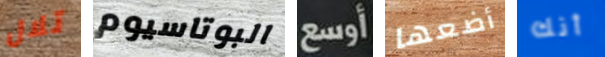
تلال البوتاسيوم أوسع أضعها أنك